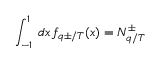
\int _ { - 1 } ^ { 1 } \, d x \, f _ { q \pm / T } ( x ) = N _ { q / T } ^ { \pm }